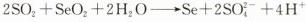
2SO_{2}+SeO_{2}+2H_{2}O→Se+2SOC_{4} ^ { 2-}+4H ^ { +}